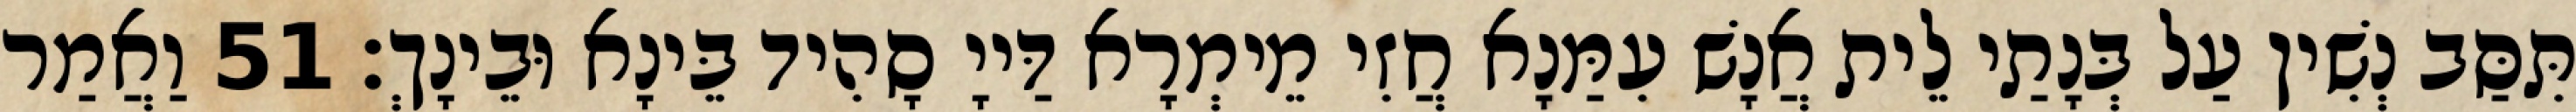
תִּסַּב נְשִׁין עַל בְּנָתַי לֵית אֲנָשׁ עִמַּנָא חֲזִי מֵימְרָא דַּייָ סָהִיד בֵּינָא וּבֵינָךְ׃ 51 וַאֲמַר